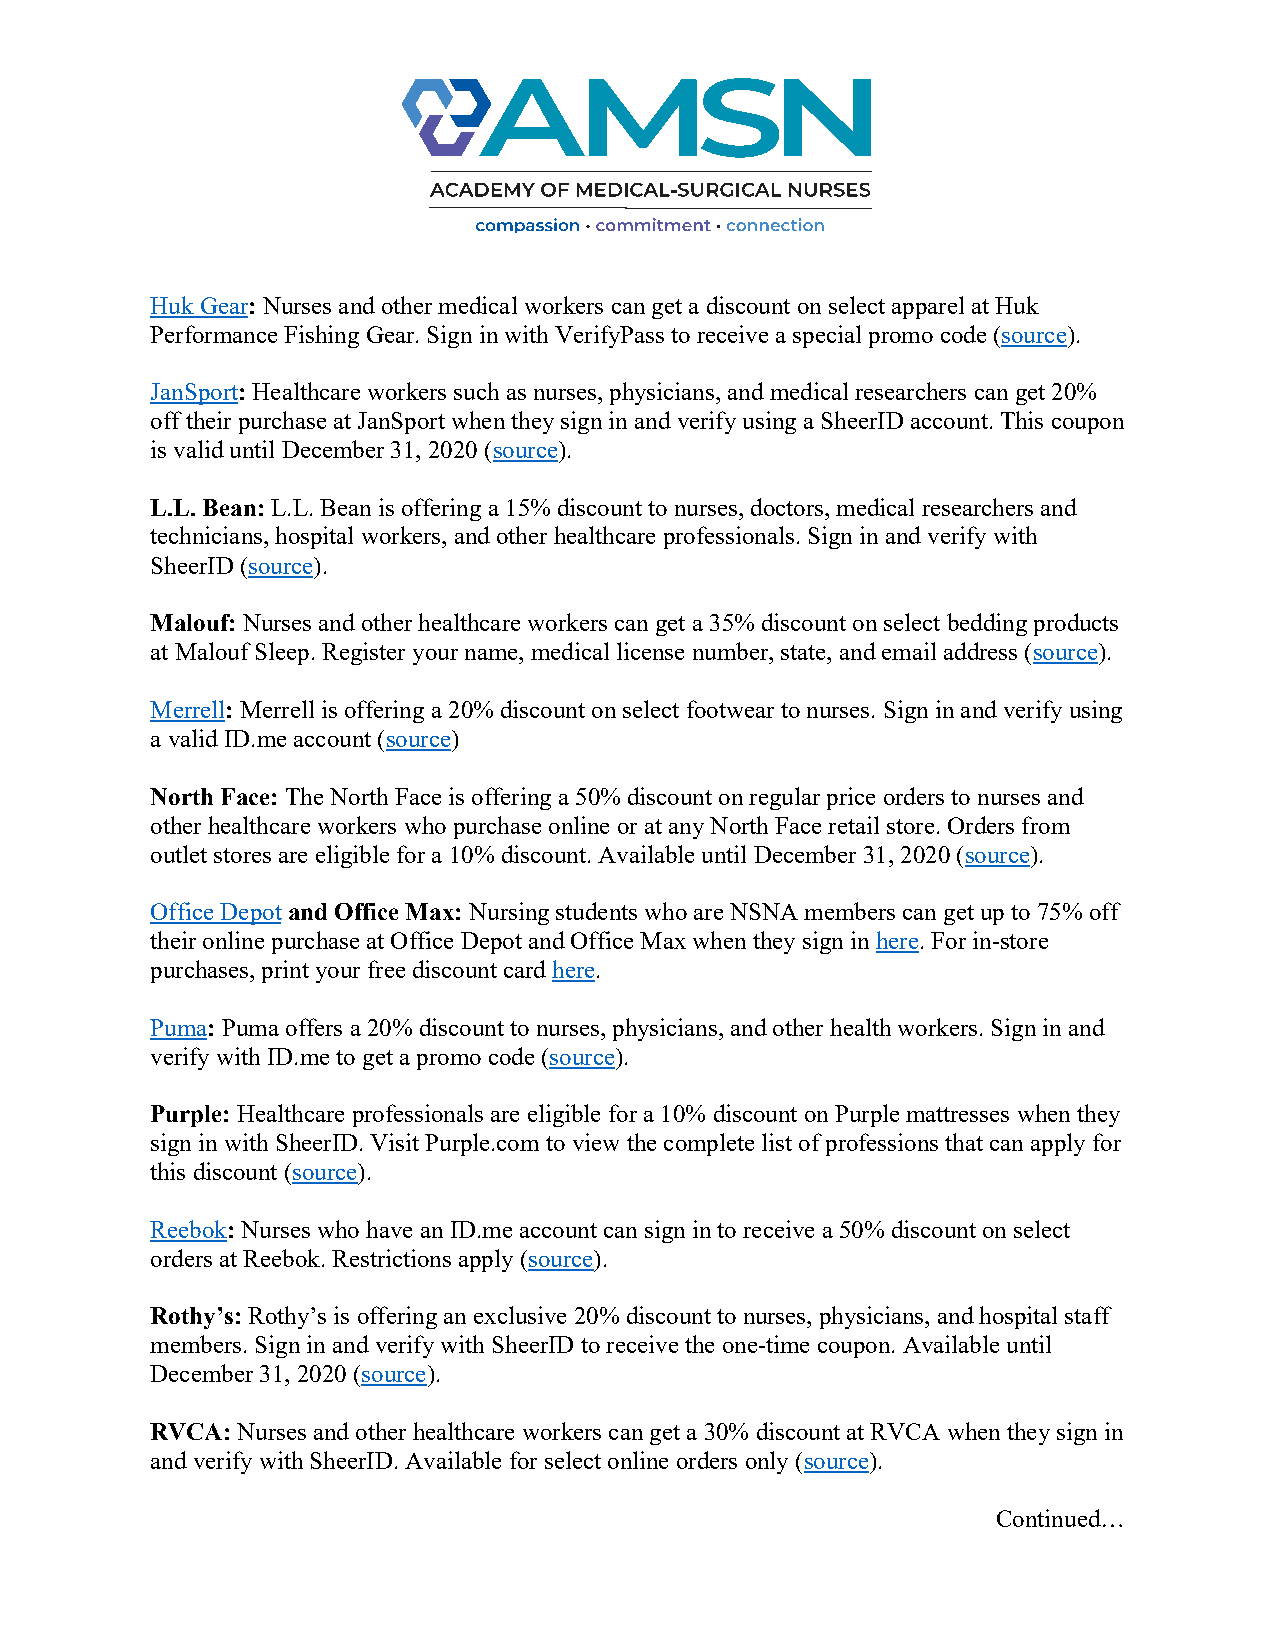
Huk Gear: Nurses and other medical workers can get a discount on select apparel at Huk
 Performance Fishing Gear. Sign in with VerifyPass to receive a special promo code (source).
 JanSport: Healthcare workers such as nurses, physicians, and medical researchers can get 20%
 off their purchase at JanSport when they sign in and verify using a SheerID account. This coupon
 is valid until December 31, 2020 (source).
 L.L. Bean: L.L. Bean is offering a 15% discount to nurses, doctors, medical researchers and
 technicians, hospital workers, and other healthcare professionals. Sign in and verify with
 SheerID (source).
 Malouf: Nurses and other healthcare workers can get a 35% discount on select bedding products
 at Malouf Sleep. Register your name, medical license number, state, and email address (source).
 Merrell: Merrell is offering a 20% discount on select footwear to nurses. Sign in and verify using
 a valid ID.me account (source)
 North Face: The North Face is offering a 50% discount on regular price orders to nurses and
 other healthcare workers who purchase online or at any North Face retail store. Orders from
 outlet stores are eligible for a 10% discount. Available until December 31, 2020 (source).
 Office Depot and Office Max: Nursing students who are NSNA members can get up to 75% off
 their online purchase at Office Depot and Office Max when they sign in here. For in-store
 purchases, print your free discount card here.
 Puma: Puma offers a 20% discount to nurses, physicians, and other health workers. Sign in and
 verify with ID.me to get a promo code (source).
 Purple: Healthcare professionals are eligible for a 10% discount on Purple mattresses when they
 sign in with SheerID. Visit Purple.com to view the complete list of professions that can apply for
 this discount (source).
 Reebok: Nurses who have an ID.me account can sign in to receive a 50% discount on select
 orders at Reebok. Restrictions apply (source).
 Rothy’s: Rothy’s is offering an exclusive 20% discount to nurses, physicians, and hospital staff
 members. Sign in and verify with SheerID to receive the one-time coupon. Available until
 December 31, 2020 (source).
 RVCA: Nurses and other healthcare workers can get a 30% discount at RVCA when they sign in
 and verify with SheerID. Available for select online orders only (source).
 Continued…